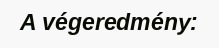
A végeredmény: